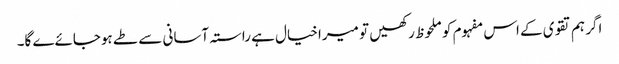
اگر ہم تقوی کے اس مفہوم کو ملحوظ رکھیں تو میرا خیال ہے راستہ آسانی سے طے ہوجائےے گا۔